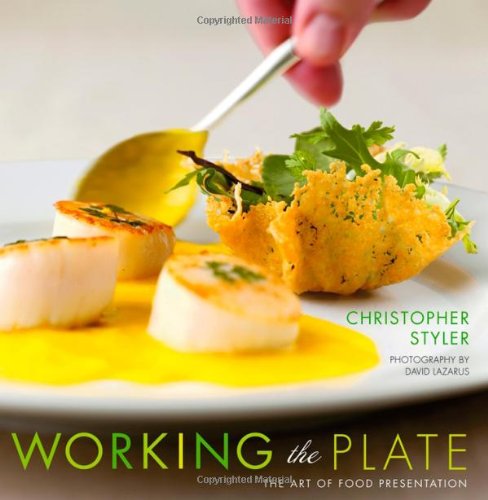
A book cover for Working the Plate: The Art of Food Presentation; Christopher Styler; Cookbooks, Food & Wine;